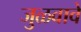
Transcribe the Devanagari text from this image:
जुळवावे